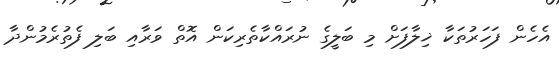
އެހެން ފަހަރުތަކާ ޚިލާފަށް މި ބަލީގެ ނުރައްކާތެރިކަން އޮތް ވަރާއި ބަލި ފެތުރެމުންދާ